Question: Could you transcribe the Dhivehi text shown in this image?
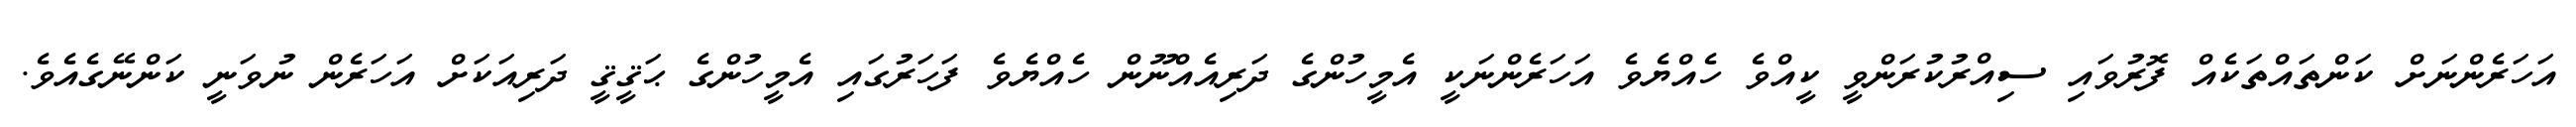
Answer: އަހަރެންނަށް ކަންތައްތަކެއް ފޮރުވައި ސިއްރުކުރަންވީ ކީއްވެ ހެއްޔެވެ އަހަރެންނަކީ އެމީހުންގެ ދަރިއެއްނޫން ހެއްޔެވެ ފަހަރުގައި އެމީހުންގެ ޙަޤީޤީ ދަރިއަކަށް އަހަރެން ނުވަނީ ކަންނޭގެއެވެ.